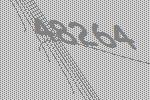
48264